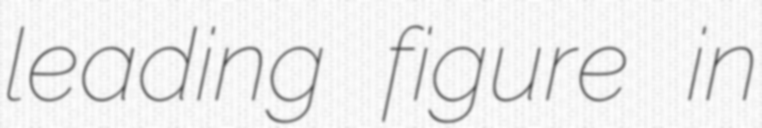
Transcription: leading figure in